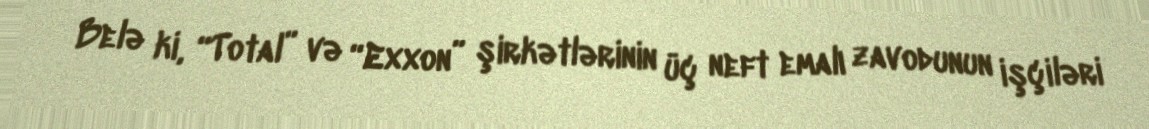
Belə ki, “Total” və “Exxon” şirkətlərinin üç neft emalı zavodunun işçiləri